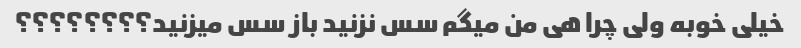
خیلی خوبه ولی چرا هی من میگم سس نزنید باز سس میزنید؟؟؟؟؟؟؟؟